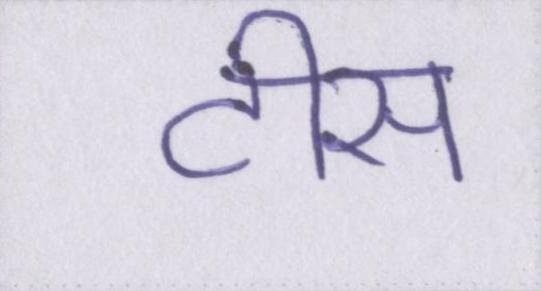
टीस